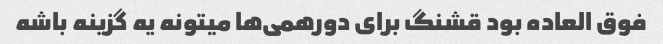
فوق العاده بود قشنگ برای دورهمی‌ها میتونه یه گزینه باشه